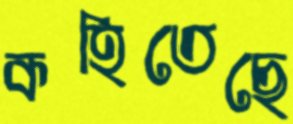
কহিতেছে